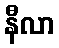
နီလာ